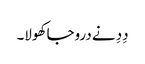
دِدِ نے دروجا کھولا۔